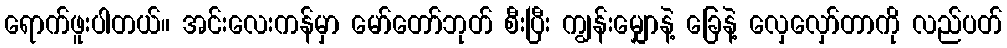
ရောက်ဖူးပါတယ်။ အင်းလေးကန်မှာ မော်တော်ဘုတ် စီးပြီး ကျွန်းမျှောနဲ့ ခြေနဲ့ လှေလှော်တာကို လည်ပတ်